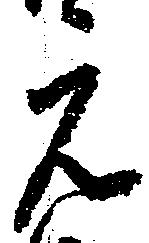
元